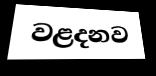
වළදනව